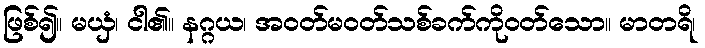
ဖြစ်၍။ မယှံ၊ ငါ၏။ နဂ္ဂယ၊ အဝတ်မဝတ်သစ်ခက်ကိုဝတ်သော။ မာတရိ၊